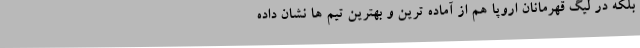
بلکه در لیگ قهرمانان اروپا هم از آماده ترین و بهترین تیم ها نشان داده